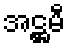
အဋ္ဌမီ